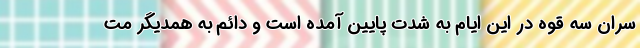
سران سه قوه در این ایام به شدت پایین آمده است و دائم به همدیگر مت